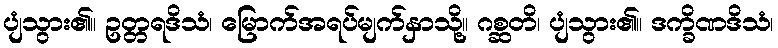
ပျံသွား၏။ ဥတ္တရဒိသံ၊ မြောက်အရပ်မျက်နှာသို့။ ဂစ္ဆတိ၊ ပျံသွား၏။ ဒက္ခိဏဒိသံ၊